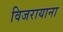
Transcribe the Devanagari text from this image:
विजरायाना